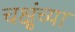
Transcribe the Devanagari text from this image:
चक्षुंच्या